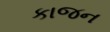
કાજન